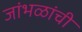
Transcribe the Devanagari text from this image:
जांभळांची